Scottish Leaving Certificate Examination, 1951
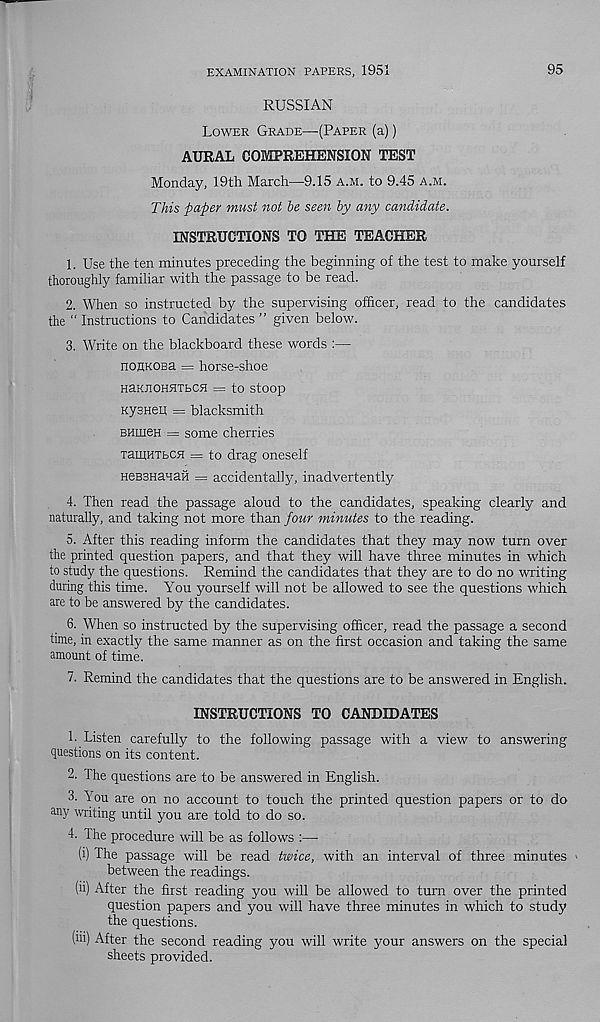
EXAMINATION PAPERS, 1951
95
RUSSIAN
Lower Grade—(Paper (a))
AURAL COMPREHENSION TEST
Monday, 19th March—9.15 a.m. to 9.45 a.m.
This -paper must not he seen by any candidate.
INSTRUCTIONS TO THE TEACHER
1. Use the ten minutes preceding the beginning of the test to make yourself
thoroughly familiar with the passage to be read.
2. When so instructed by the supervising officer, read to the candidates
the “ Instructions to Candidates ” given below.
3. Write on the blackboard these words :—
nonKOBa = horse-shoe
HaKJlOHSITbCH = to Stoop
Kysneii = blacksmith
BHmeH = some cherries
TaiUHTbCH = to drag oneself
HeBBHanaH = accidentally, inadvertently
4. Then read the passage aloud to the candidates, speaking clearly and
naturally, and taking not more than four minutes to the reading.
5. After this reading inform the candidates that they may now turn over
the printed question papers, and that they will have three minutes in which
to study the questions. Remind the candidates that they are to do no writing
during this time. You yourself will not be allowed to see the questions which
are to be answered by the candidates.
6. When so instructed by the supervising officer, read the passage a second
time, in exactly the same manner as on the first occasion and taking the same
amount of time.
V. Remind the candidates that the questions are to be answered in English.
INSTRUCTIONS TO CANDIDATES
1. Listen carefully to the following passage with a view to answering
questions on its content.
2. The questions are to be answered in English.
3. dou are on no account to touch the printed question papers or to do
any writing until you are told to do so.
4. The procedure will be as follows :—
(i) The passage will be read twice, with an interval of three minutes >
between the readings.
(ii) After the first reading you will be allowed to turn over the printed
question papers and you will have three minutes in which to study
the questions.
(iii) After the second reading you will write your answers on the special
sheets provided.